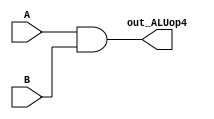
`timescale 1ns / 1ps
//////////////////////////////////////////////////////////////////////////////////
// Design Name:
// Module Name:    And32bit
//////////////////////////////////////////////////////////////////////////////////
module And32bit(A, B, out_ALUop4);
    input[31:0] A,B;
    output reg[31:0] out_ALUop4;
	always @(A,B)
	begin
	 out_ALUop4 <= A & B;
	end
endmodule